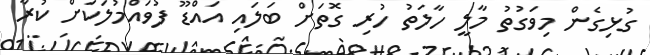
ގުޅިގެން މިވަގުތު މާލީ ހާލަތު ހުރި ގޮތަށް ބަލައި އައްޑޫ ފުވައްމުލަކަށް ކުރާ